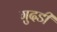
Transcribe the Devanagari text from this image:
गुदडी़